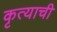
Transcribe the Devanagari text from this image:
कृत्याची